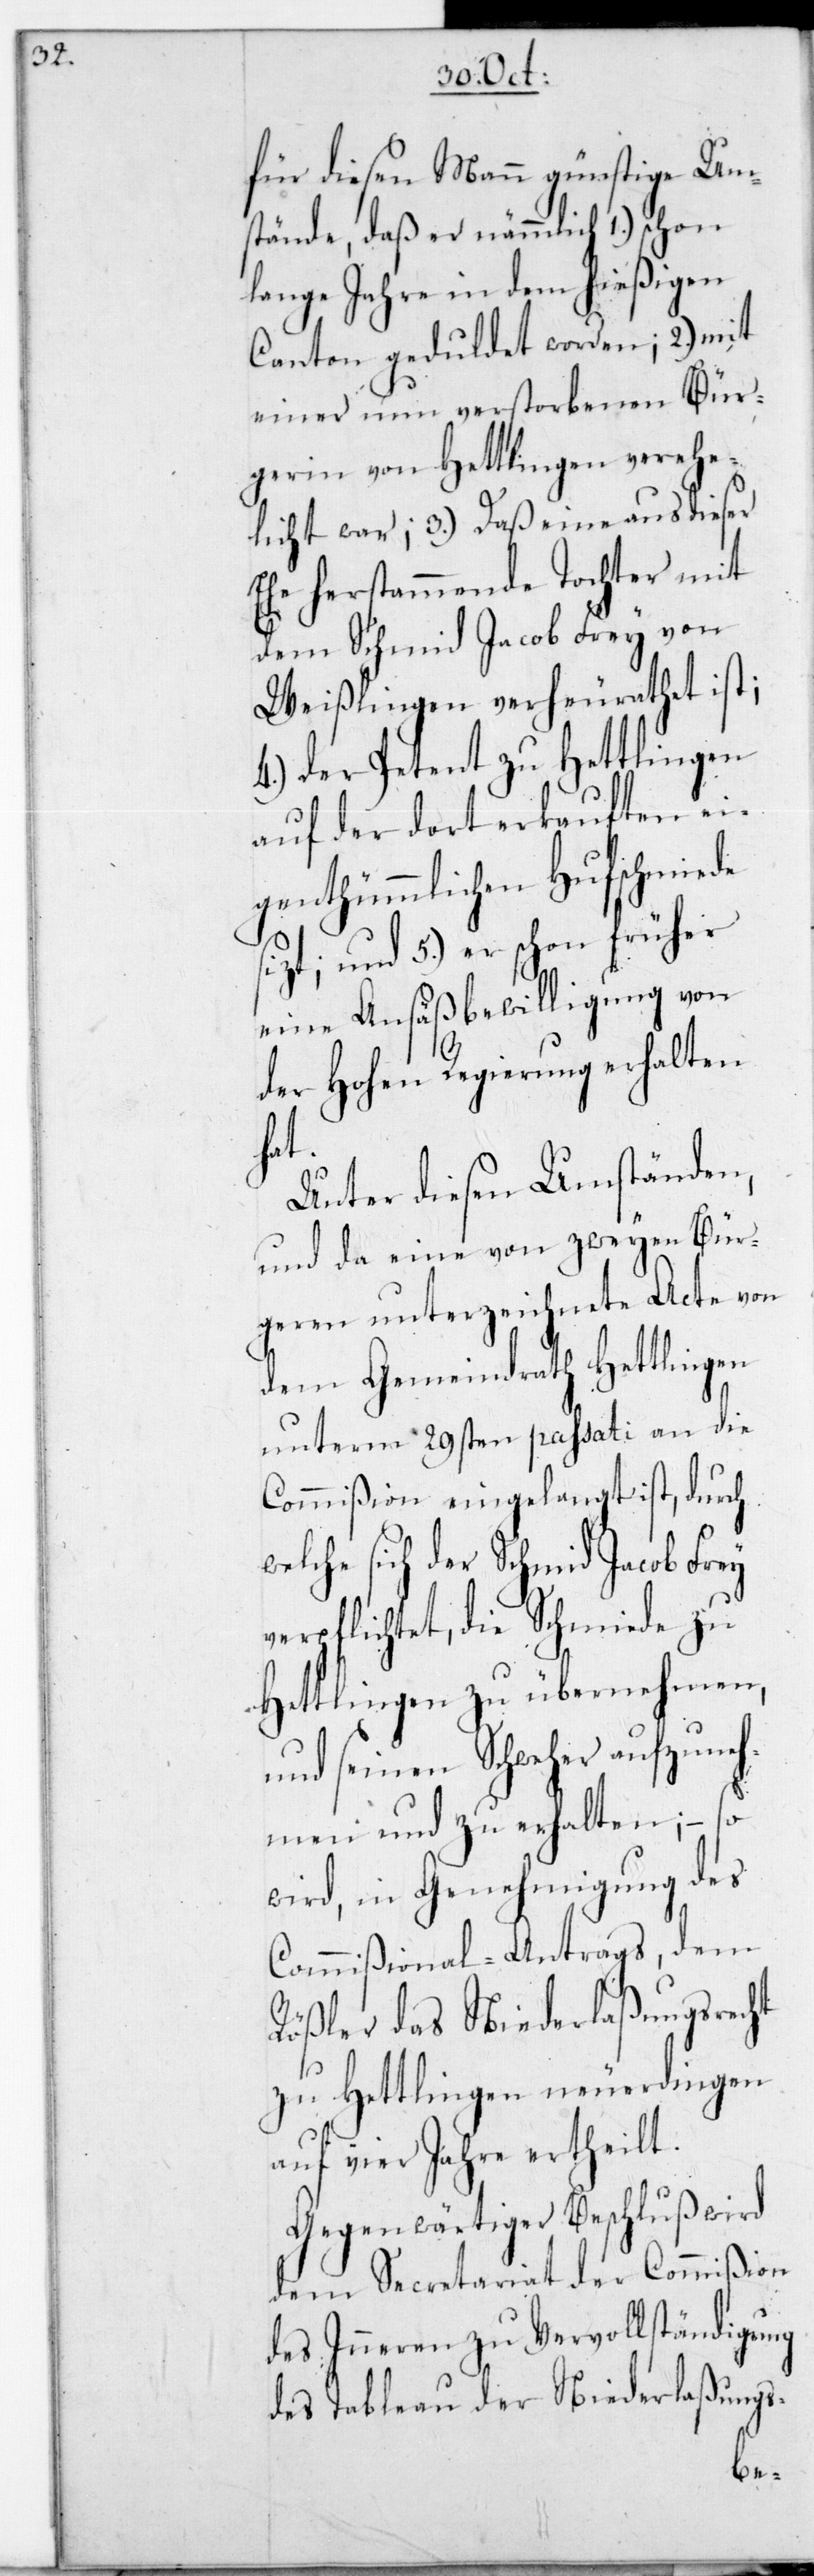
für diesen Mann günstige Um¬
stände, daß er nämmlich 1.) schon
lange Jahre in dem hießigen
Canton geduldet worden; 2.) mit
einer nun verstorbenen Bür¬
gerin von Hettlingen verehe¬
licht war; 3.) Daß eine aus dieser
Ehe herstammende Tochter mit
dem Schmied Jacob Frey von
Weißlingen verheurathet ist;
4.) der Petent zu Hettlingen
auf der dort erkauften ei¬
genthümlichen Hufschmiede
itzt; und 5.) er schon früher
eine Ansäßbewilligung von
der Hohen Regierung erhalten
hat.
Unter diesen Umständen,
und da eine von zweyen Bür¬
geren unterzeichnete Acte von
dem Gemeindrath Hettlingen
unterm 29sten passati an die
durch
Commißion eingelangt
lche sich der Schmied Jacob Fr¬
ey
verpflichtet, die Schmiede
Hettlingen zu übernehmen,
und seinen Schweher aufzune¬
hmen und zu erhalten;
–
wird, in Genehmigung
Commißional-Antrags, dem
Rößler das Niederlaßungsrecht
zu Hettlingen neuerdingen
auf vier Jahre ertheilt.
Gegenwärtiger Beschluß wird
dem Secretariat der Commißion
des Inneren zu Vervollständigung
des Tableau der Niederlaßungs-
we¬